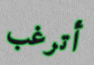
أترغب